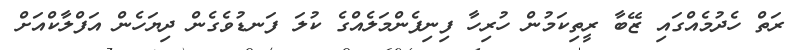
ރަތް ހެދުމެއްގައި ޒޭބާ ރީތިކަމުން ހުރިހާ ފިނިފެންމަލެއްގެ ކުލަ ފަނޑުވެގެން ދިޔަހެން އަފްލާކްއަށް